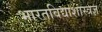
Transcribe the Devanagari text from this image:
भारतविद्याशास्त्रज्ञ